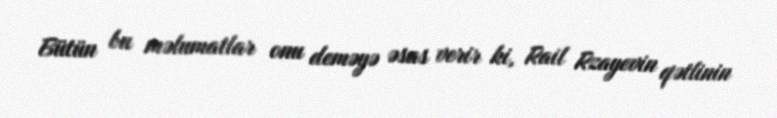
Bütün bu məlumatlar onu deməyə əsas verir ki, Rail Rzayevin qətlinin